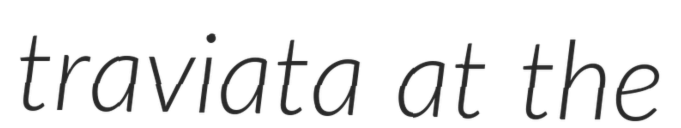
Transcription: traviata at the